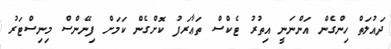
ދައުލަތް ހިންގެން އަންނަނީ އިތުރު ޓެކްސް ތަޢާރަފު ކޮށްގެން ކަމަށް ފިނޭންސް މިނިސްޓަރު